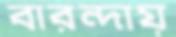
বারন্দায়